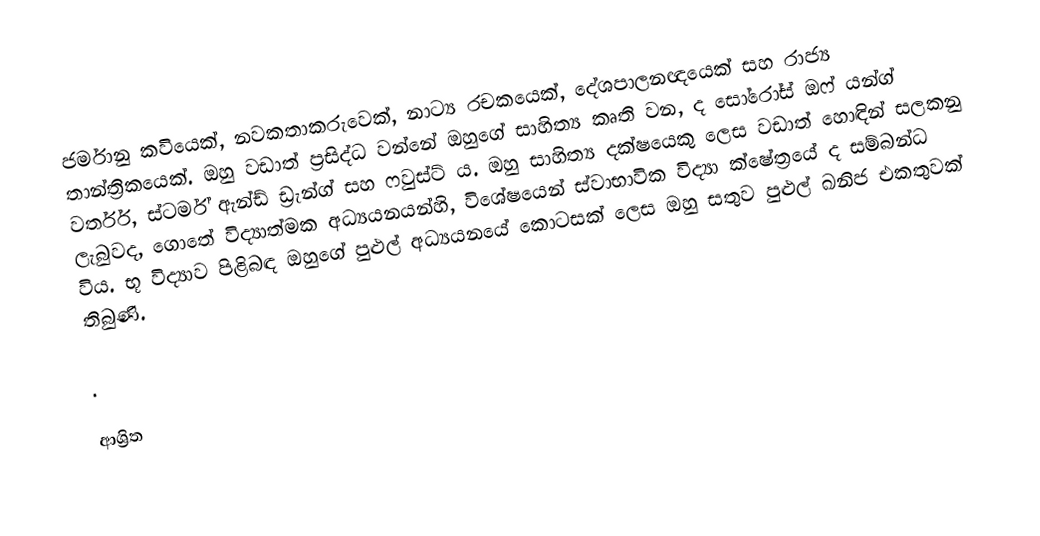
ජර්මානු කවියෙක්, නවකතාකරුවෙක්, නාට්‍ය රචකයෙක්, දේශපාලනඥයෙක් සහ රාජ්‍ය තාන්ත්‍රිකයෙක්.  ඔහු වඩාත් ප්‍රසිද්ධ වන්නේ ඔහුගේ සාහිත්‍ය කෘති වන, ද සෝරෝස් ඔෆ් යන්ග් වර්තර්, ස්ටර්ම් ඇන්ඩ් ඩ්‍රැන්ග් සහ ෆවුස්ට් ය.  ඔහු සාහිත්‍ය දක්ෂයෙකු ලෙස වඩාත් හොඳින් සලකනු ලැබුවද, ගොතේ විද්‍යාත්මක අධ්‍යයනයන්හි, විශේෂයෙන් ස්වාභාවික විද්‍යා ක්ෂේත්‍රයේ ද සම්බන්ධ විය.  භූ විද්‍යාව පිළිබඳ ඔහුගේ පුළුල් අධ්‍යයනයේ කොටසක් ලෙස ඔහු සතුව පුළුල් ඛනිජ එකතුවක් තිබුණි.

.

ආශ්‍රිත